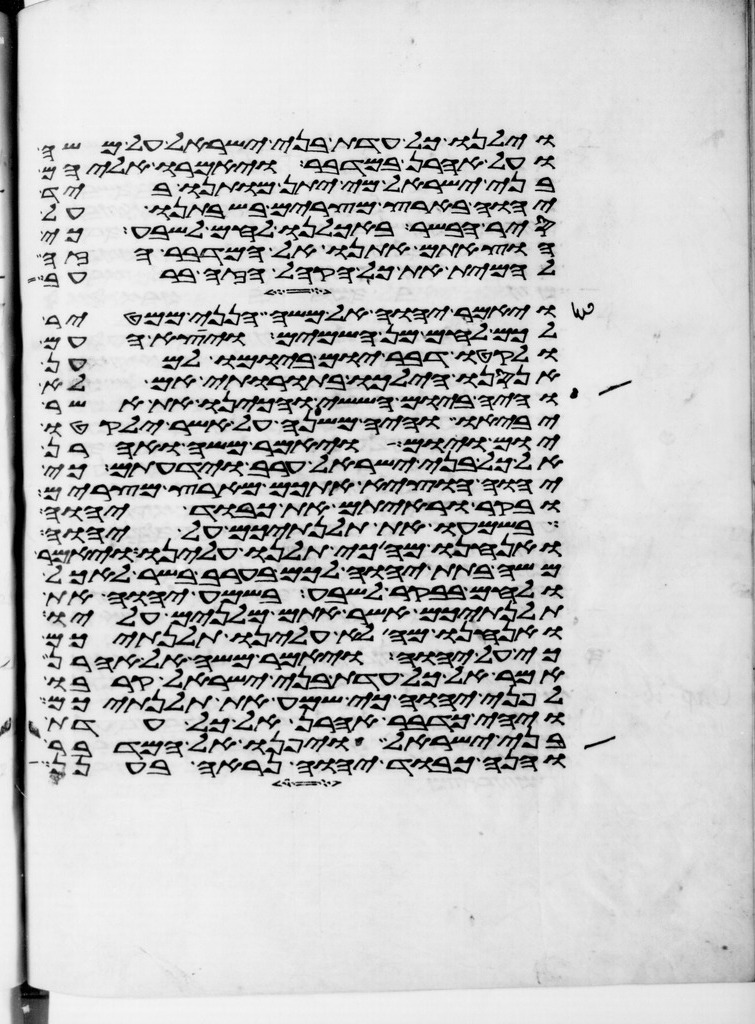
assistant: וילנו כל עדת בני ישראל על משה
ועל אהרן במדבר ויאמרו אליהם
בני ישראל מי יתן מותנו ביד
יהוה בארץ מצרים בשבתנו על
סיר הבשר באכלנו לחם לשבע כי
הוצאתם אתנו אל המדבר הזה
להמית את כל הקהל הזה ברעב
ויאמר יהוה אל משה הנני ממטיר
לכם לחם מן השמים ויצא העם
ולקטו דבר יום ביומו למען
אנסנו הילכו בתורותי אם לא
והיה ביום הששי והכינו את אשר
יביאו והיה משנה על אשר ילקטו
יום ויום ויאמר משה ואהרן
אל כל בני ישראל ערב וידעתם כי
יהוה הוציא אתכם מארץ מצרים
ובקר וראיתם את כבוד יהוה
בשמעו את תלנתיכם על יהוה
ואנחנו מה כי תלנו עלינו ויאמר
משה בתת יהוה לכם בערב בשר לאכל
ולחם בבקר לשבע בשמע יהוה את
תלנתיכם אשר אתם מלנים עליו
ואנחנו מה לא עלינו תלנתיכם
כי על יהוה ויאמר משה אל אהרן
אמר אל כל עדת בני ישראל קרבו
לפני יהוה כי שמע את תלנתיכם
ויהי כדבר אהרן אל כל עדת
בני ישראל ויפנו אל המדבר
והנה כבוד יהוה נראה בענן